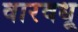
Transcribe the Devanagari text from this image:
वारवधू